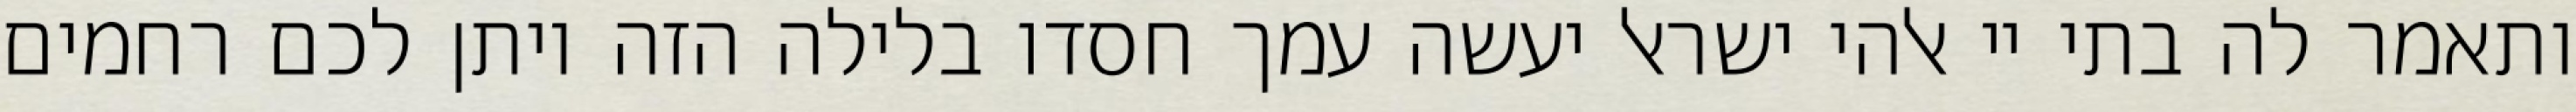
ותאמר לה בתי יי אלהי ישראל יעשה עמך חסדו בלילה הזה ויתן לכם רחמים